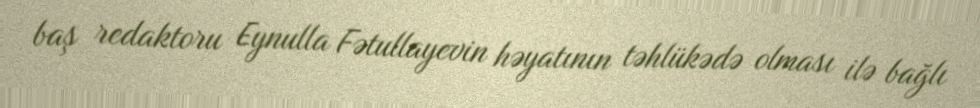
baş redaktoru Eynulla Fətullayevin həyatının təhlükədə olması ilə bağlı